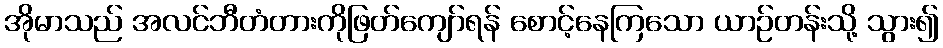
အိုမာသည် အလင်ဘီတံတားကိုဖြတ်ကျော်ရန် စောင့်နေကြသော ယာဉ်တန်းသို့ သွား၍